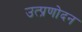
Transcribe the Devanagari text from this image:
उत्प्रणोदन